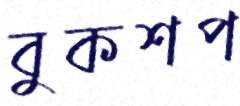
বুকশপ